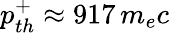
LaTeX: p_{th}^{+}\approx 917\, m_{e}c